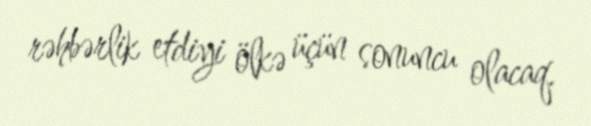
rəhbərlik etdiyi ölkə üçün sonuncu olacaq.